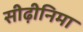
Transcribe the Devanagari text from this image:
सीढ़ीनिमा